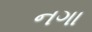
નગા